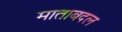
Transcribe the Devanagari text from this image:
माताबदल